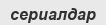
сериалдар